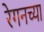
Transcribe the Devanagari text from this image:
रेगनच्या